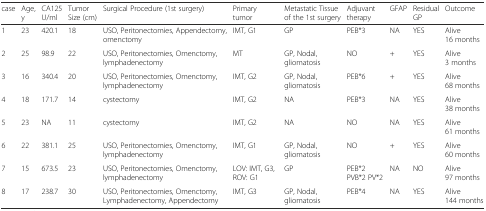
<table><thead><tr><td><b>case</b></td><td><b>Age, y</b></td><td><b>CA125 U/ml</b></td><td><b>Tumor Size (cm)</b></td><td><b>Surgical Procedure (1st surgery)</b></td><td><b>Primary tumor</b></td><td><b>Metastatic Tissue of the 1st surgery</b></td><td><b>Adjuvant therapy</b></td><td><b>GFAP</b></td><td><b>Residual GP</b></td><td><b>Outcome</b></td></tr></thead><tbody><tr><td>1</td><td>23</td><td>420.1</td><td>18</td><td>USO, Peritonectomies, Appendectomy, omenctomy</td><td>IMT, G1</td><td>GP</td><td>PEB*3</td><td>NA</td><td>YES</td><td>Alive 16 months</td></tr><tr><td>2</td><td>25</td><td>98.9</td><td>22</td><td>USO, Peritonectomies, Omenctomy, lymphadenectomy</td><td>MT</td><td>GP, Nodal, gliomatosis</td><td>NO</td><td>+</td><td>YES</td><td>Alive 3 months</td></tr><tr><td>3</td><td>16</td><td>340.4</td><td>20</td><td>USO, Peritonectomies, Omenctomy, lymphadenectomy</td><td>IMT, G2</td><td>GP, Nodal, gliomatosis</td><td>PEB*6</td><td>+</td><td>YES</td><td>Alive 68 months</td></tr><tr><td>4</td><td>18</td><td>171.7</td><td>14</td><td>cystectomy</td><td>IMT, G2</td><td>NA</td><td>PEB*3</td><td>NA</td><td>YES</td><td>Alive 38 months</td></tr><tr><td>5</td><td>23</td><td>NA</td><td>11</td><td>cystectomy</td><td>IMT, G2</td><td>NA</td><td>NO</td><td>NA</td><td>YES</td><td>Alive 61 months</td></tr><tr><td>6</td><td>22</td><td>381.1</td><td>25</td><td>USO, Peritonectomies, Omenctomy, lymphadenectomy</td><td>IMT, G1</td><td>GP, Nodal, gliomatosis</td><td>NO</td><td>+</td><td>YES</td><td>Alive 60 months</td></tr><tr><td>7</td><td>15</td><td>673.5</td><td>23</td><td>USO, Peritonectomies, Omenctomy, lymphadenectomy</td><td>LOV: IMT, G3, ROV: G1</td><td>GP</td><td>PEB*2 PVB*2 PV*2</td><td>NA</td><td>NO</td><td>Alive 97 months</td></tr><tr><td>8</td><td>17</td><td>238.7</td><td>30</td><td>USO, Peritonectomies, Omenctomy, Lymphadenectomy, Appendectomy</td><td>IMT, G3</td><td>GP, Nodal, gliomatosis</td><td>PEB*4</td><td>NA</td><td>YES</td><td>Alive 144 months</td></tr></tbody></table>